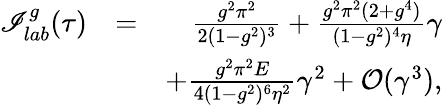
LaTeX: \begin{array}{rlr}{\mathscr{I}_{lab}^{g}(\tau)}&{=}&{\frac{g^{2}\pi^{2}}{2(1-g^{2})^{3}}+\frac{g^{2}\pi^{2}(2+g^{4})}{(1-g^{2})^{4}\eta}\gamma}\\ &{}&{+\frac{g^{2}\pi^{2}E}{4(1-g^{2})^{6}\eta^{2}}\gamma^{2}+\mathcal{O}(\gamma^{3}),}\end{array}